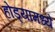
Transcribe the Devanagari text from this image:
होड्यांमध्ये